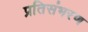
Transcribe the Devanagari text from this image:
प्रतिसंभरण